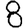
Digit: 8